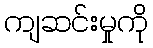
ကျဆင်းမှုကို